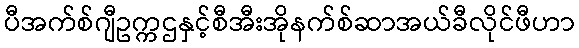
ပီအက်စ်ဂျီဥက္ကဌနှင့်စီအီးအိုနက်စ်ဆာအယ်ခီလိုင်ဖီဟာ